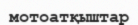
мотоатқыштар